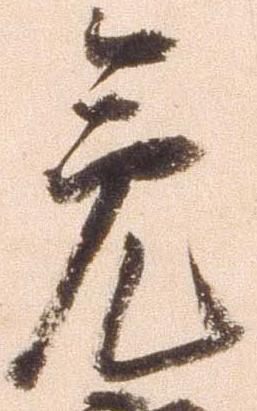
急